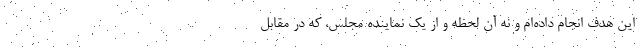
این هدف انجام داده‌ام و نه آن لحظه و از یک نماینده مجلس، که در مقابل